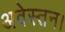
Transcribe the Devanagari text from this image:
अवेस्तन।